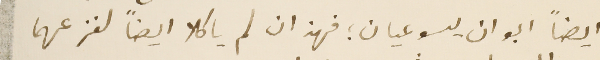
ايضاً ابوان يسوعيان ؛ فهذان لم ياكلا ايضاً لفزعهما